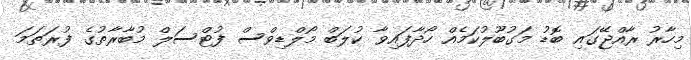
މިހާރު ރާއްޖޭގައި ބޮޑު މަގުބޫލުކަމެއް ހޯދާފައިވާ ކުލަބް މޯލްޑިވްސް ފުޓްސަލް މުބާރާތުގެ ފުރަތަމަ